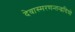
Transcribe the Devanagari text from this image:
देवास्मरणन्तन्द्रदियो